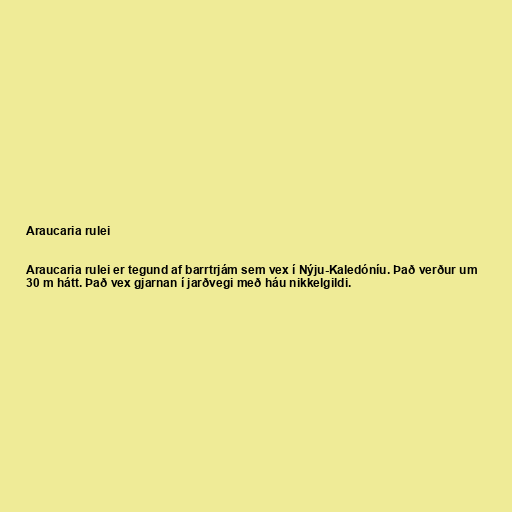
Araucaria rulei

Araucaria rulei er tegund af barrtrjám sem vex í Nýju-Kaledóníu. Það verður um
30 m hátt. Það vex gjarnan í jarðvegi með háu nikkelgildi.